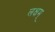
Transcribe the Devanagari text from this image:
लक्षम्